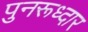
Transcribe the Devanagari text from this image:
पुनरूध्दार